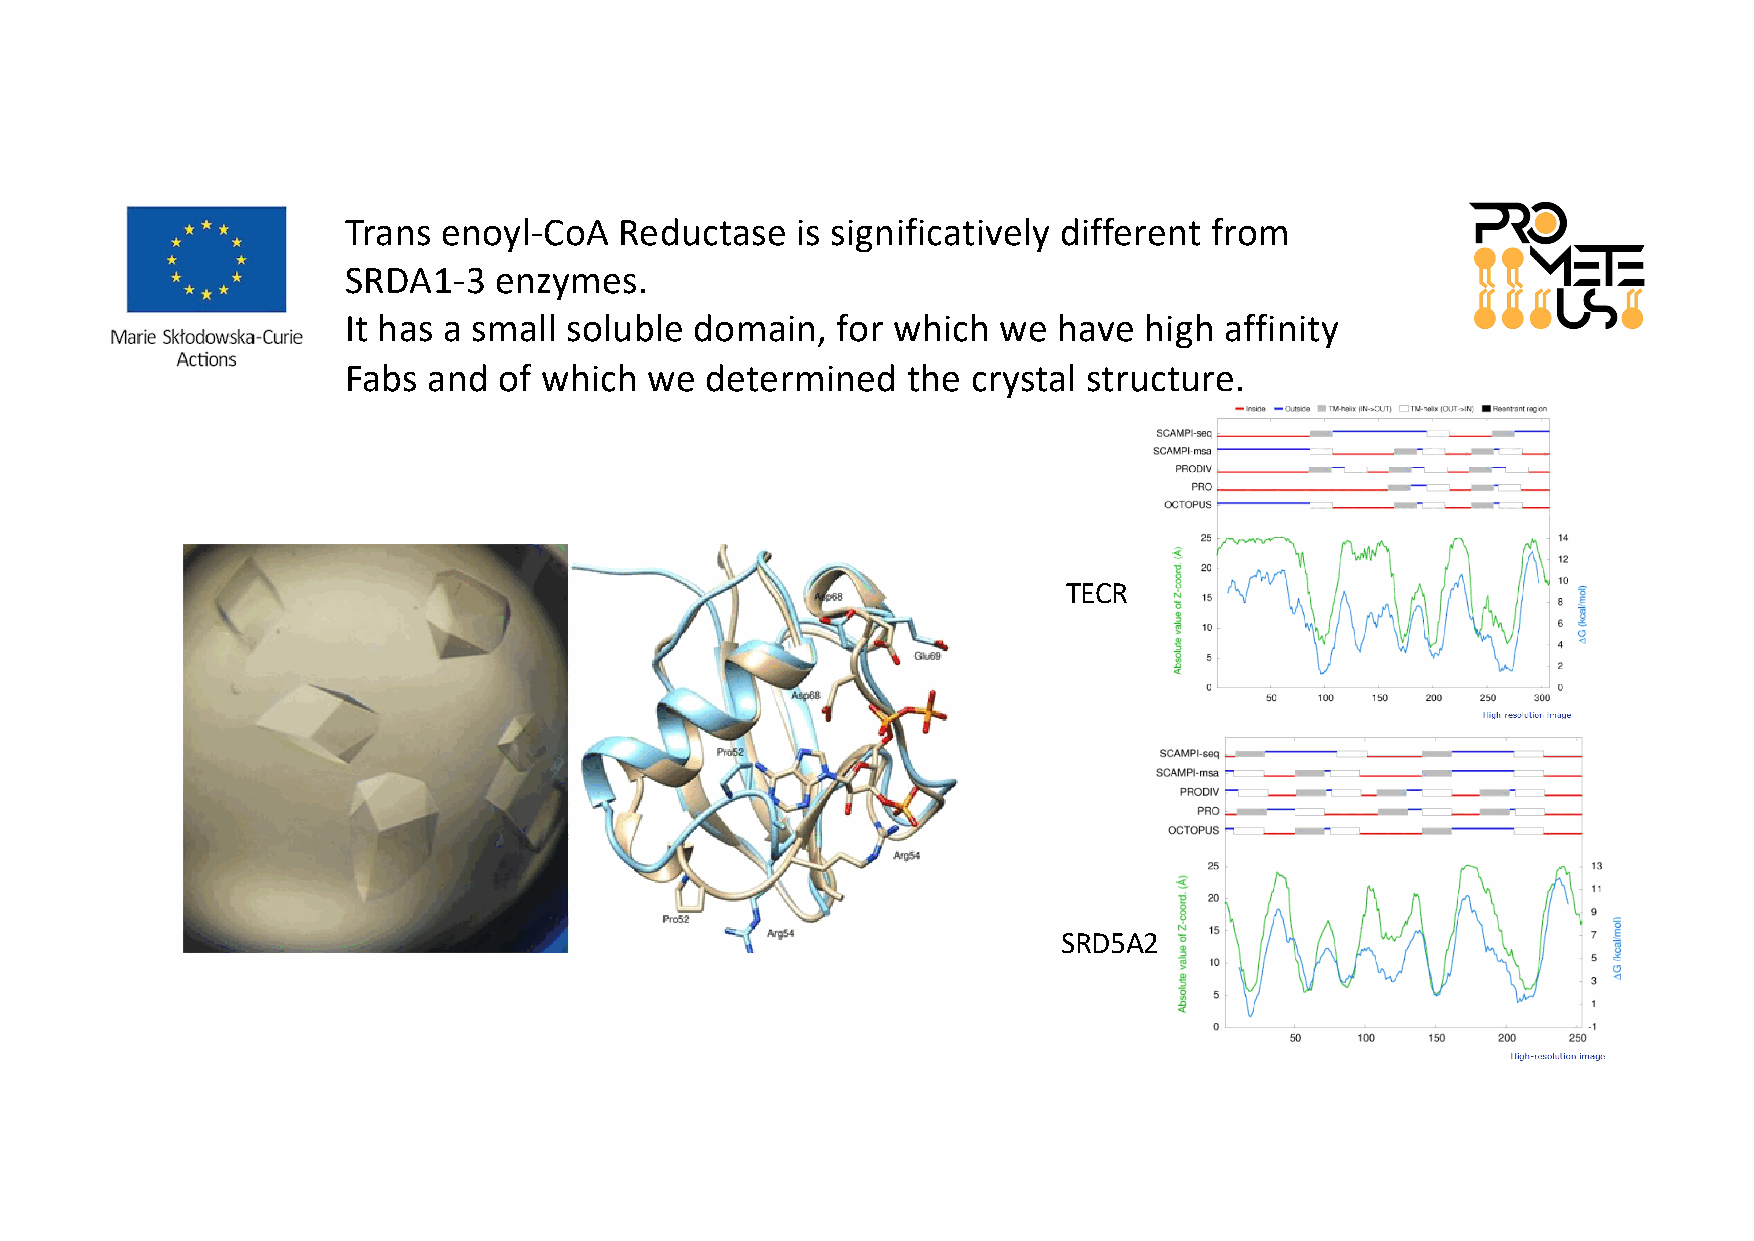
Trans enoyl-CoA   Reductase   is significatively different from
 SRDA1-3   enzymes.
 It has a small soluble domain,  for which  we  have  high affinity
 Fabs and  of which  we  determined   the crystal structure.
 TECR
 SRD5A2